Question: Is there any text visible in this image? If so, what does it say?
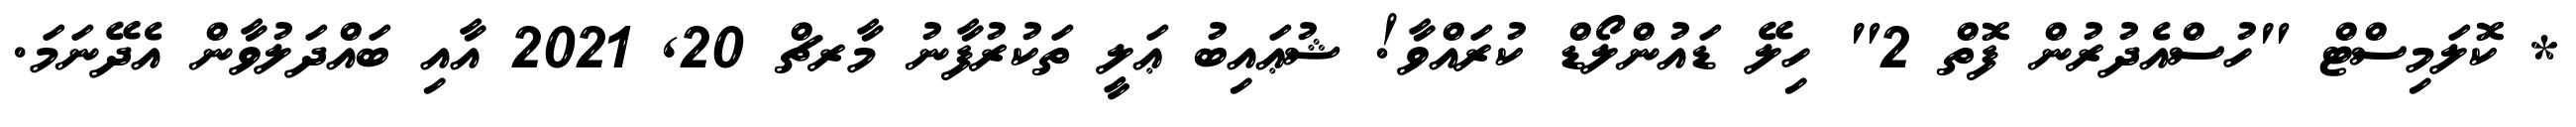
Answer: * ކޮލަމިސްޓް "ހުސްއެދުރުން ފޮތް 2" ހިލޭ ޑައުންލޯޑް ކުރައްވާ! ޝުޢައިބު ޢަލީ ތަކުރުފާނު މާރޗް 20, 2021 އާއި ބައްދަލުވާން އެދޭނަމަ.